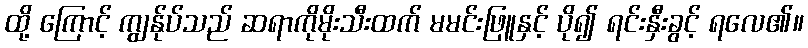
ထို့ ကြောင့် ကျွန်ုပ်သည် ဆရာကိုမိုးသီးထက် မမင်းဖြူနှင့် ပို၍ ရင်းနှီးခွင့် ရလေ၏။